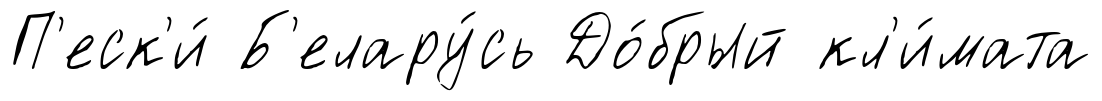
П'еск'и́ Б'елару́сь До́брый кл'и́мата